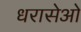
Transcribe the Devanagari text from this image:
धरासेओ